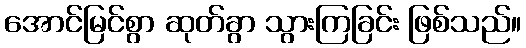
အောင်မြင်စွာ ဆုတ်ခွာ သွားကြခြင်း ဖြစ်သည်။